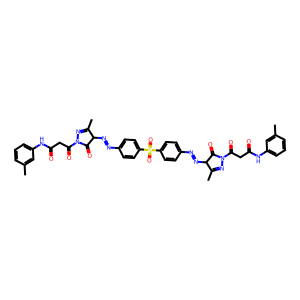
SMILES: CC1=NN(C(=O)CC(=O)Nc2cccc(C)c2)C(=O)C1N=Nc1ccc(S(=O)(=O)c2ccc(N=NC3C(=O)N(C(=O)CC(=O)Nc4cccc(C)c4)N=C3C)cc2)cc1
Inhibits HIV replication: No